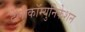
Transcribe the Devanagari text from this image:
टेलीकॉम्युनिकेशन